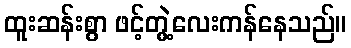
ထူးဆန်းစွာ ဖင့်တွဲ့လေးကန်နေသည်။